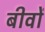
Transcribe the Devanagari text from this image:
बीवों